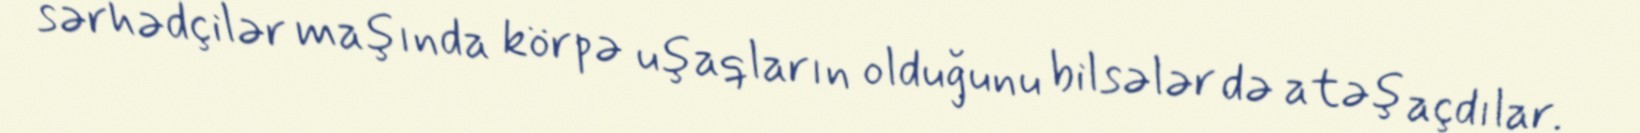
sərhədçilər maşında körpə uşaqların olduğunu bilsələr də atəş açdılar.